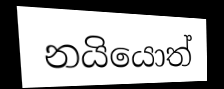
නයියොත්